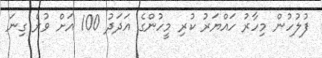
ފުލުހުން މިހާރު ހައްޔަރު ކުރި މީހުންގެ އަދަދު 100 އަށް ވުރެ ގިނަ